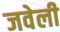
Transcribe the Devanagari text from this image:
जवेली